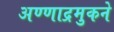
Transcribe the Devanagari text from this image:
अण्णाद्रमुकने